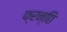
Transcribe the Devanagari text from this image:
फ्रन्छि